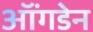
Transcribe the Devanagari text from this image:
ऑंगडेन